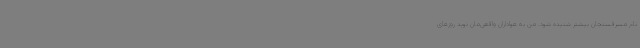
نام مسرفسنجان بیشتر شنیده شود. من به هواداران واقعی‌مان نوید روزهای